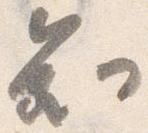
知